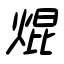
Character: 焜